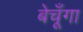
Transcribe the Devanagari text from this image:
बेचूँगा